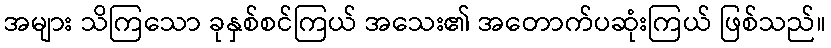
အများ သိကြသော ခုနှစ်စင်ကြယ် အသေး၏ အတောက်ပဆုံးကြယ် ဖြစ်သည်။